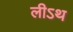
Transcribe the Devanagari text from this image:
लीऽथ